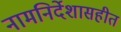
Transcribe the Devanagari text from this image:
नामनिर्देशासहीत